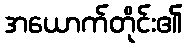
အယောက်တိုင်း၏